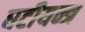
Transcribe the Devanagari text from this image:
घटीयन्त्र